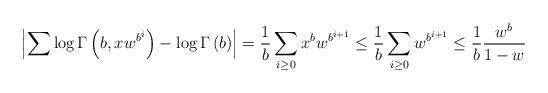
LaTeX: \begin{align*}\left|\sum\log\Gamma\left(b,xw^{b^{i}}\right)-\log\Gamma\left(b\right)\right|=\frac{1}{b}\sum_{i\ge0}x^bw^{b^{i+1}}\le\frac{1}{b}\sum_{i\ge0}w^{b^{i+1}}\le\frac{1}{b}\frac{w^{b}}{1-w}\end{align*}